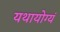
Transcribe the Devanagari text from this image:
यथायोग्यं